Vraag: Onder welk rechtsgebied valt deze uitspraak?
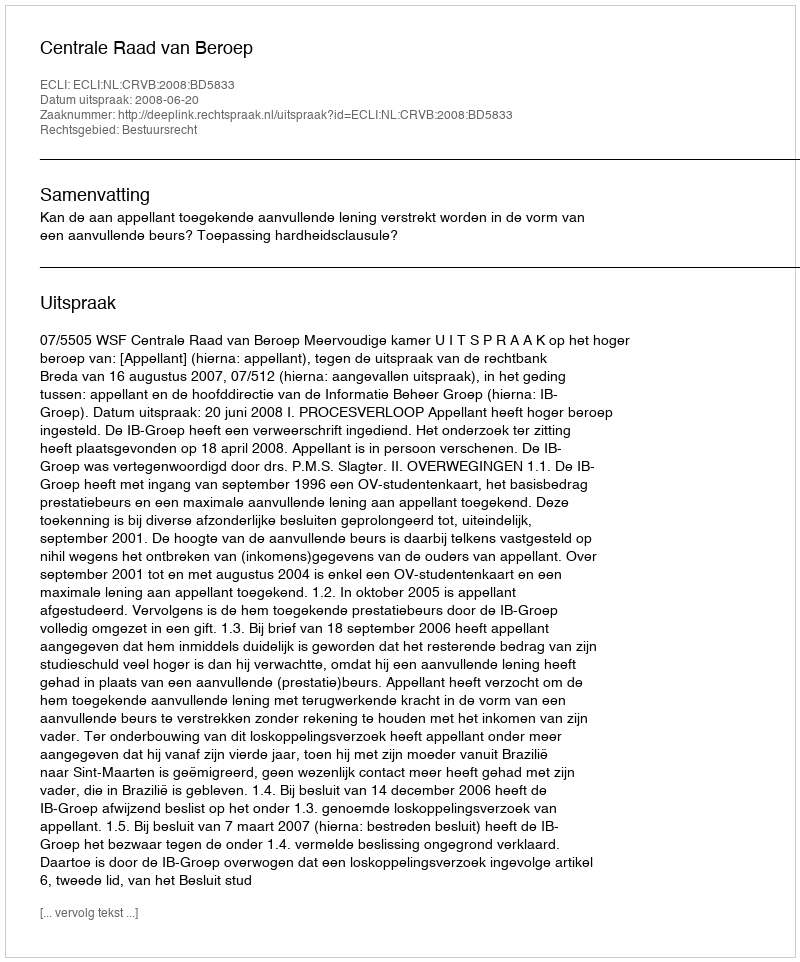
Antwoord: Bestuursrecht